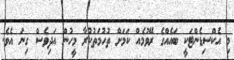
މި އެކްސިޑެންޓަކީ ބައެއްގެ ރޭވުމެއް ކަމަށް ތުހުމަތުކުރާ މީހުން އަދިވެސް ގިނަ އެވެ.